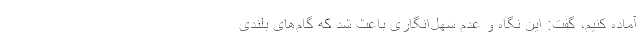
آماده کنیم، گفت: این نگاه و عدم سهل‌انگاری باعث شد که گام‌های بلندی